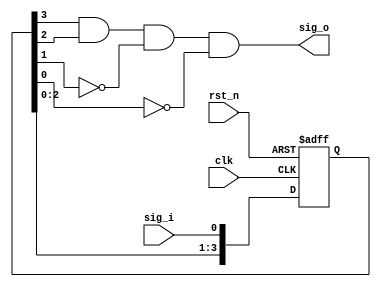


module Filter_FallingEdge (
	clk,
	rst_n,
	sig_i,
	sig_o
);

input  clk;
input  rst_n;
input  sig_i;
output sig_o;

reg[3:0] sig_r;

assign sig_o = sig_r[3] & sig_r[2] & (~sig_r[1]) & (~sig_r[0]);

always @(posedge clk or negedge rst_n) begin
	if(!rst_n) begin
		sig_r <= 4'H0;
	end else begin
		sig_r <= {sig_r[2:0], sig_i};
	end
end

endmodule